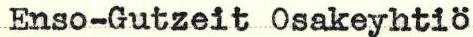
Enso-Gutzeit Osakeyhtiö